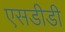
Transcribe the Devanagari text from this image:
एसडीडी